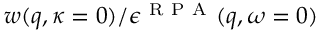
w ( q , \kappa = 0 ) / \epsilon ^ { \mathrm { ~ R ~ P ~ A ~ } } ( q , \omega = 0 )